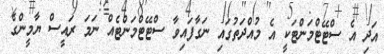
އަދި އެ ސްޓޭޓްމަންޓަކީ އެ މުއްދަތުގައި ނަގާފައިވާ ސްޓޭޓްމަންޓެއް ނަމަ ރައީސް ޔާމީންގެ